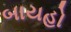
બાયહો